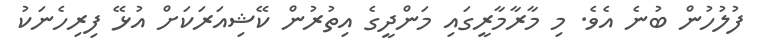
ފުލުހުން ބުނެ އެވެ. މި މާރާމާރީގައި މަންދީގެ އިތުރުން ކޭޝިއަރަކަށް އުޅޭ ފިރިހެނަކު